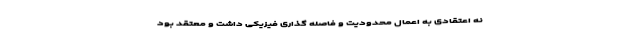
نه اعتقادی به اعمال محدودیت و فاصله گذاری فیزیکی داشت و معتقد بود